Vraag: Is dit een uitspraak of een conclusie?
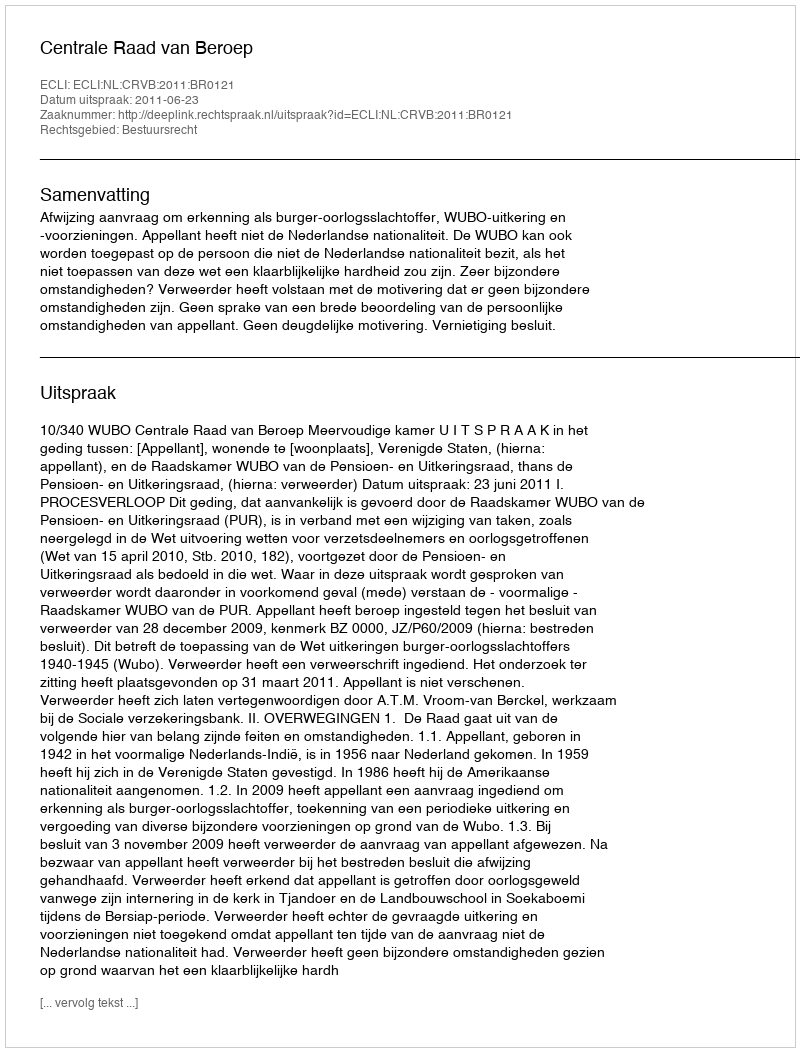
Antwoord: Uitspraak